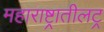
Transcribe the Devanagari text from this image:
महाराष्ट्रातीलट्र